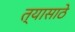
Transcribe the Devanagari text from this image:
त्यासाठे